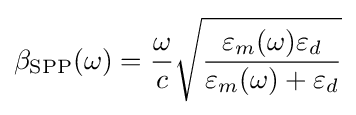
\beta _{\text{SPP}}(\omega )={\frac {\omega }{c}}{\sqrt {\frac {\varepsilon _{m}(\omega )\varepsilon _{d}}{\varepsilon _{m}(\omega )+\varepsilon _{d}}}}